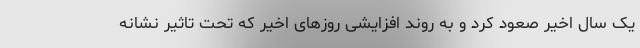
یک سال اخیر صعود کرد و به روند افزایشی روزهای اخیر که تحت تاثیر نشانه